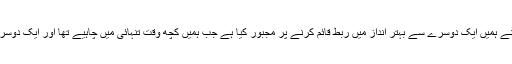
لیکن یہ اچھی بات ہے کیونکہ اس نے ہمیں ایک دوسرے سے بہتر انداز میں ربط قائم کرنے پر مجبور کیا ہے جب ہمیں کچھ وقت تنہائی میں چاہیے تھا اور ایک دوسرے کے سہارے کی ضرورت تھی۔